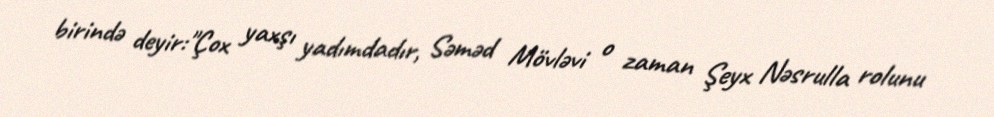
birində deyir:"Çox yaxşı yadımdadır, Səməd Mövləvi o zaman Şeyx Nəsrulla rolunu